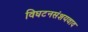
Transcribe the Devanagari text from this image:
विघटनसंशयवाद